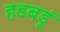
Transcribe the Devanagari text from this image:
हडबडूं